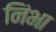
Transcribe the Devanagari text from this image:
निंभा